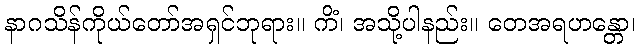
နာဂသိန်ကိုယ်တော်အရှင်ဘုရား။ ကိံ၊ အသို့ပါနည်း။ တေအရဟန္တော၊